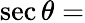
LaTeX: \sec\theta=